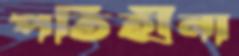
পতিহীনা